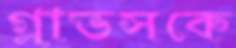
গ্লাভসকে